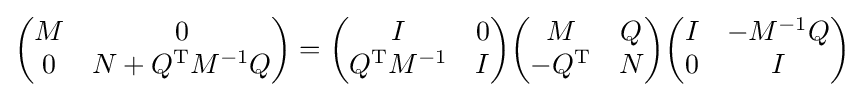
{\begin{pmatrix}M&0\\0&N+Q^{\mathrm {T} }M^{-1}Q\end{pmatrix}}={\begin{pmatrix}I&0\\Q^{\mathrm {T} }M^{-1}&I\end{pmatrix}}{\begin{pmatrix}M&Q\\-Q^{\mathrm {T} }&N\end{pmatrix}}{\begin{pmatrix}I&-M^{-1}Q\\0&I\end{pmatrix}}